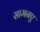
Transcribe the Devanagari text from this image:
सामनए